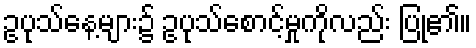
ဥပုသ်နေ့များ၌ ဥပုသ်စောင့်မှုကိုလည်း ပြု၏။